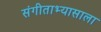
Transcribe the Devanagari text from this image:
संगीताभ्यासाला